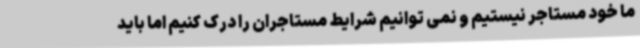
ما خود مستاجر نیستیم و نمی توانیم شرایط مستاجران را درک کنیم اما باید